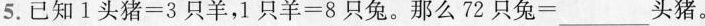
5.已知$$1 头 猪 = 3 只 羊$$，$$1 只 羊 = 8 只 兔$$。那么$$7 2 只 兔 =$$___头猪。